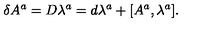
\delta A ^ { a } = D \lambda ^ { a } = d \lambda ^ { a } + [ A ^ { a } , \lambda ^ { a } ] .